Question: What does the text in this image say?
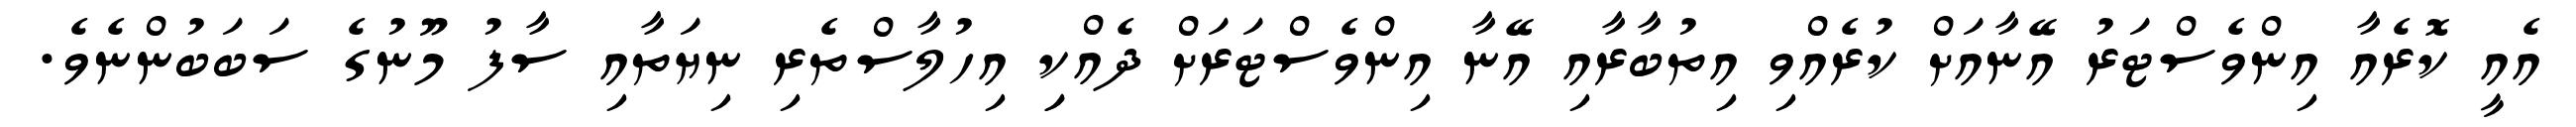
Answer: އެއީ ކޮރެއާ އިންވެސްޓަރު އޭނާއަށް ކުރެއްވި އިތުބާރާއި އޭނާ އިންވެސްޓަރަށް ދެއްކިި އިހުލާސްތެރި ނިޔަތާއި ސާފު މޫނުގެ ސަބަބުންނެވެ.